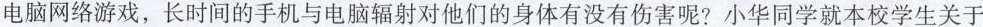
电脑网络游戏，长时间的手机与电脑辐射对他们的身体有没有伤害呢?小华同学就本校学生关于